Statistical return of the lunatic asylum in Assam - 1912-1932
Year: 1912
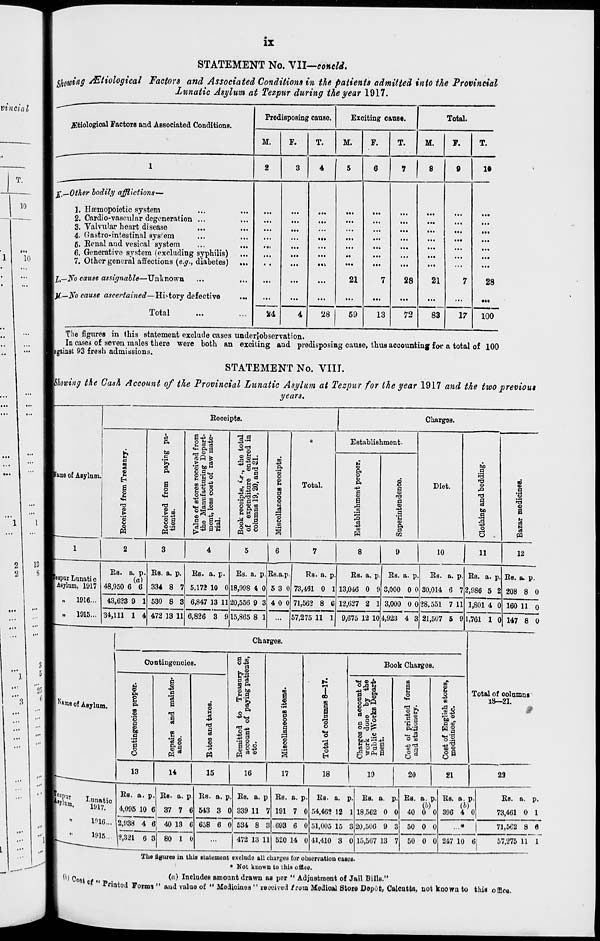
IX
STATEMENT No. VII—cotteld.
ciQtpinff &tiological Factors and Associated Conditions in the patients admitted into the Provincial
Lwiatic Asylum at Tezpur during the year 1917.
jFtiological Factors and Associated Conditions.
Pred isposing cause.
Exciting cause.
Total.
M.
F.
T.
M.
F.
T.
M.
F.
T.
1
2
3
4
5
6
7
8
9
10
%—Other bodily afflictions—
1. Hremopoietic system
2. Cardio-vasoular degeneration ...
3. Valvular heart disease
4. Gastro-intestinal system
6. Eenal and vesical system
6. Generative system (excluding syphilis)
7. Other general affections {e.g., diabetes)
I,—No cause assignable—Unknown
X.—iV'o cause ascertained—H'u-tovy defective
...
24
...
••?
21
7
28
...
21
7
28
•••
Total
4
28
69
13
72
83
17
100
The figures in this statement exclude cases underjobservation.
In cases of seven males thero were both an exciting and predisposing cause, thus accounting for a total of 100
against 93 fresh admissions.
STATEMENT No. VIII.
Showing the Cash Account of the Provincial Lunatic Asylum at Tezpur for the year 1917 and the two previout
years.
pame of Asylum.
Receipts.
Chargss.
n
2
a
i
I
CD
<J
O
rt
p.
bo
| ft
a
o
© •
L- m
sg
rt' 43
u « c3
««H ft d
Ink
"3 bow
S c„.
CO (3 co
tw d ®
9 is .
a^a-c
&•
5*2
© fc!
53 i—
_ SCO
•
PI
* « <a
«s
-S3
co J3 cq
-w • .-> -
ftT3 04
*d d "-i
S £ »
3 g<d
* 3 a
CO
.2*
'©
o
d
o
O
a
o
DO
i
Establishment-
Total.
CD
Pi
O
(-.
ft
m
-4->
W
a
CO
a
CO
■+3
a
•s
CD
|
Diet.
bo
o
13
bo
d
o
6
CD
a
13
o
a
u
CS
OS
n
pipur Lunatio
|A8ylnm, 1917
1916...
1915...
Es. a. p
(a)
48,950 6 6
43,623 9 1
34,111 1 4
Bs. a. p
334 8 7
530 8 3
472 13 11
Bs. a. p.
5,172 10 0
6,847 13 11
6,826 3 9
Bs. a. p.
18,998 4 0
20,556 9 3
15,865 8 1
8
9
10
11
12
Ea.a.p
5 3 0
4 0 0
Rs. a. p
73,481 0 1
71,562 8 6
57,275 11 1
Bs. a. p
13,046 0 9
12,627 2 1
9,675 12 10
Bs. a. p.
3,000 0 0
3,000 0 0
4,923 4 3
Bs. a. p.
30,014 6 7
28,551 7 11
21,507 5 9
Bs. a. p.
2,986 5 2
1,801 4 0
Bs. a. p.
208 8 0
160 11 o
1,761 1 0 147 8 0
Charges.
s «me of Asylum.
Contingencies.
ft
CO
.8 'o
a
8,
d
o
I
TS
I 8
rt *
m
CD
W
a
rt
d w
o •*»
d
§ 2
n ft
8 bo
n d
H '&
P<
o
o
1"S
is 1
loo
a
I
co
d
s
s
CO
S
3
(0
I
o
o
d
O
H
Book Charges.
fl ft
Si rt ©t!
n O O
CD
.2 .
fi UA d
C3 O d CD
g kti a
a
S L"
c 2
ft°43
!
CO
§a
Total of columns
18—21.
I
13
14
15
16
17
18
19
20
21
23
»ipu t
MJltim, Lunatio
1917.
1016...
Bs. a. p
4,095 10 6
Bs- a. p.
37 7 6
2,938 4 6 40 13 6
IMS... 8,821 6 3
Bs. a. P-
543 3 0
658 6 0
Bs. a. p
339 11 1
534 8 3
80 1 0
472 13 11
Bs. a. p.
191 7 0
693 6 0
Bs. a. p.
54,462 12 1
51,005 15 3
520 14 0 11.410 3 0
Bs. a. p
18,562 0 0
20,506 9 3
15,567 13 7
Us. a. p.
Pi
40
50 0 0
50 0 0
Bs. a. p.
(b)
396 4 0
Bs. a. p.
73,461 0 1
71,562 8 6
247 10 6,
57,275 11 1
( '' ,Co8l of'<P riatod
The litfurcu in this statement excludo all churgea for observation casua.
* Not known to this offlco.
(a) Includes amount drawn as por " Adjustment of Jail Bills."
Form) " and value of " Medicines " reooivod from Medioal Store Uoyt, Calcutta, not known to this office.